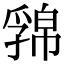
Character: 𢅁